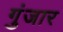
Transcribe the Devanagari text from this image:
गुंजार